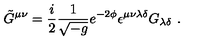
\tilde { G } ^ { \mu \nu } = { \frac { i } { 2 } } \frac { 1 } { \sqrt { - g } } e ^ { - 2 \phi } \epsilon ^ { \mu \nu \lambda \delta } G _ { \lambda \delta } \ .